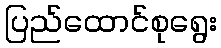
ပြည်ထောင်စုရွေး